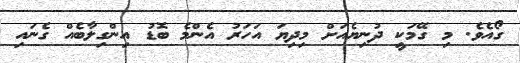
ގޯއެވެ. މި ގޭމަކީ ދުނިޔެއަށް މިދިޔަ އަހަރު އެންމެ ބޮޑު އިންގިލާބެއް ގެނައި